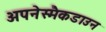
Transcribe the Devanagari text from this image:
अपनेस्मैकडाउन